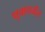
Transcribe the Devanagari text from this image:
धृवापर्यंत